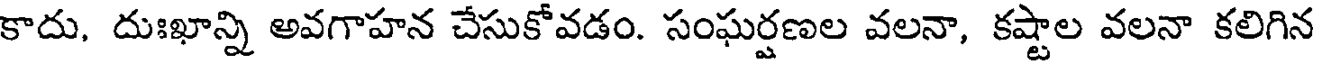
కాదు, దుఃఖాన్ని అవగాహన చేసుకోవడం. సంఘర్షణల వలనా, కష్టాల వలనా కలిగిన